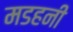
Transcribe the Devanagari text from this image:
मडहनी